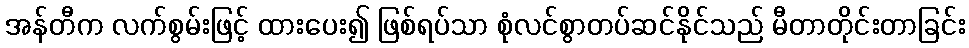
အန်တီက လက်စွမ်းဖြင့် ထားပေး၍ ဖြစ်ရပ်သာ စုံလင်စွာတပ်ဆင်နိုင်သည် မီတာတိုင်းတာခြင်း